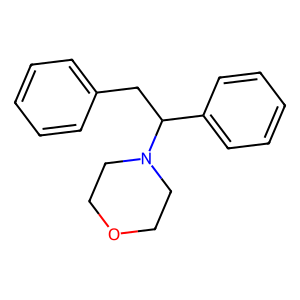
SMILES: c1ccc(CC(c2ccccc2)N2CCOCC2)cc1
Inhibits HIV replication: No